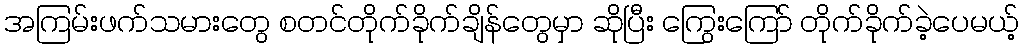
အကြမ်းဖက်သမားတွေ စတင်တိုက်ခိုက်ချိန်တွေမှာ ဆိုပြီး ကြွေးကြော် တိုက်ခိုက်ခဲ့ပေမယ့်